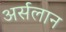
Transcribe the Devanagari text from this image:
अर्सलान